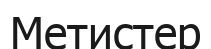
Метистер